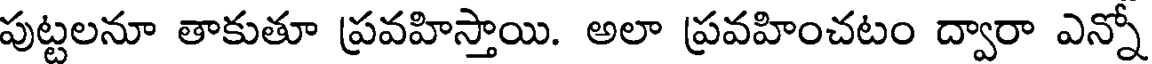
పుట్టలనూ తాకుతూ ప్రవహిస్తాయి. అలా ప్రవహించటం ద్వారా ఎన్నో